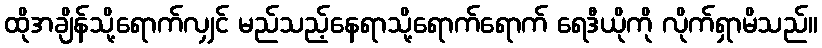
ထိုအချိန်သို့ရောက်လျှင် မည်သည့်နေရာသို့ရောက်ရောက် ရေဒီယိုကို လိုက်ရှာမိသည်။